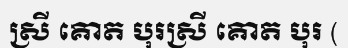
ស្រី គោត បុរស្រី គោត បុរ (